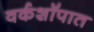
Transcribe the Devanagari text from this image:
वर्कशॉपात